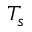
T _ { s }